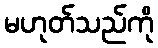
မဟုတ်သည်ကို